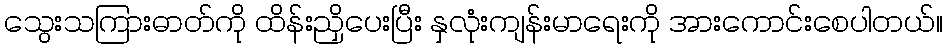
သွေးသကြားဓာတ်ကို ထိန်းညှိပေးပြီး နှလုံးကျန်းမာရေးကို အားကောင်းစေပါတယ်။